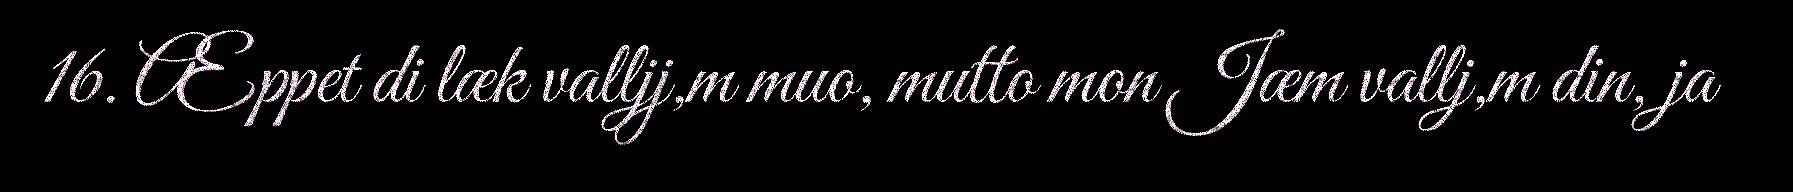
16. Æppet di læk valljj,m muo, mutto mon Jæm vallj,m din, ja